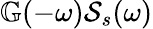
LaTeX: \mathbb{G}(-\omega)\mathcal{S}_{s}(\omega)